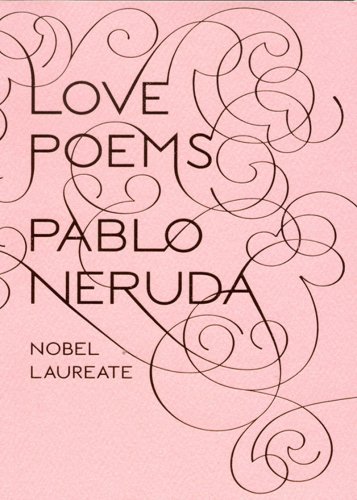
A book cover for Love Poems (New Directions Paperbook); Pablo Neruda; Literature & Fiction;